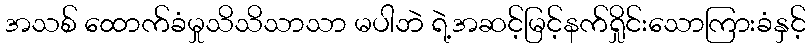
အသစ် ထောက်ခံမှုသိသိသာသာ မပါဘဲ ရဲ့အဆင့်မြင့်နက်ရှိုင်းသောကြားခံနှင့်